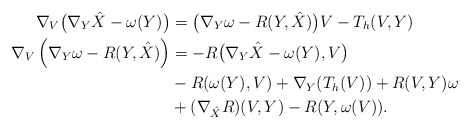
\begin{align*}\nabla_V \big(\nabla_Y \hat X - \omega(Y )\big) &= \big( \nabla_Y \omega - R(Y, \hat X)\big) V- T_h (V, Y)\\\nabla_V \left(\nabla_Y \omega - R(Y, \hat X) \right) &= - R\big(\nabla_Y \hat X - \omega (Y), V\big) \\&-R(\omega(Y), V) + \nabla_Y (T_h(V))+ R(V, Y) \omega \\&+ (\nabla_{\hat X} R) (V, Y)- R(Y, \omega(V)).\end{align*}